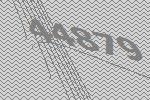
44879